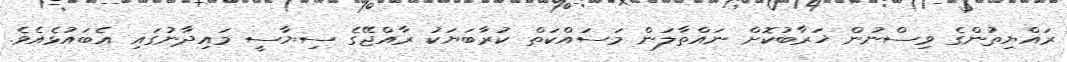
ރައްޔިތުންގެ ވިސްނުން ޚަރާބުކޮށް ނައްތާލަން މަސައްކަތް ކުރާބަޔަކު ރާއްޖޭގެ ސިޔާސީ މައިދާނުގައި އެބައުޅެއެވެ.